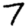
Digit: 7